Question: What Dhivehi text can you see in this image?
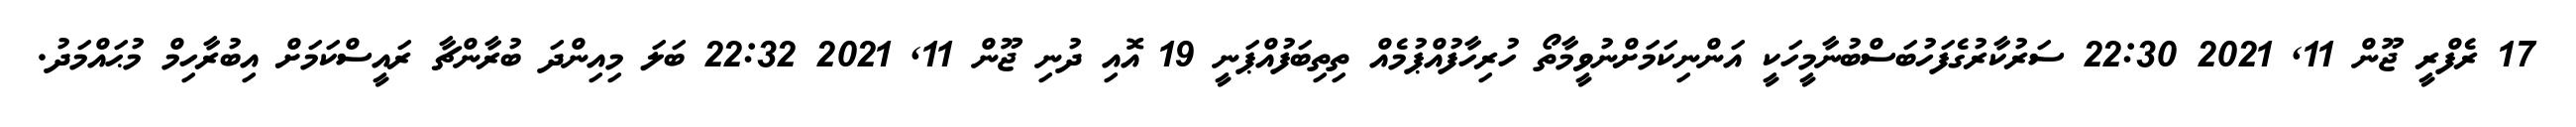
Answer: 17 ރެފްރީ ޖޫން 11, 2021 22:30 ސަރުކާރުގެފަހުބަސްބުނާމީހަކީ އަންނިކަމަށްނުވީމާތޯ ހުރިހާފުއްޕުމެއް ތިތިބަފުއްޕަނީ 19 އޮއި ދުނި ޖޫން 11, 2021 22:32 ބަލަ މިއިންދަ ބުރާންޗާ ރައީސްކަމަށް އިބުރާހިމް މުޙައްމަދު.